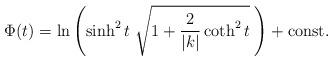
LaTeX: \begin{align*}\Phi(t)=\ln\left(\sinh^2 t \; \sqrt{1+\frac{2}{|k|}\coth^2 t }\;\right)+\mbox{const.}\end{align*}